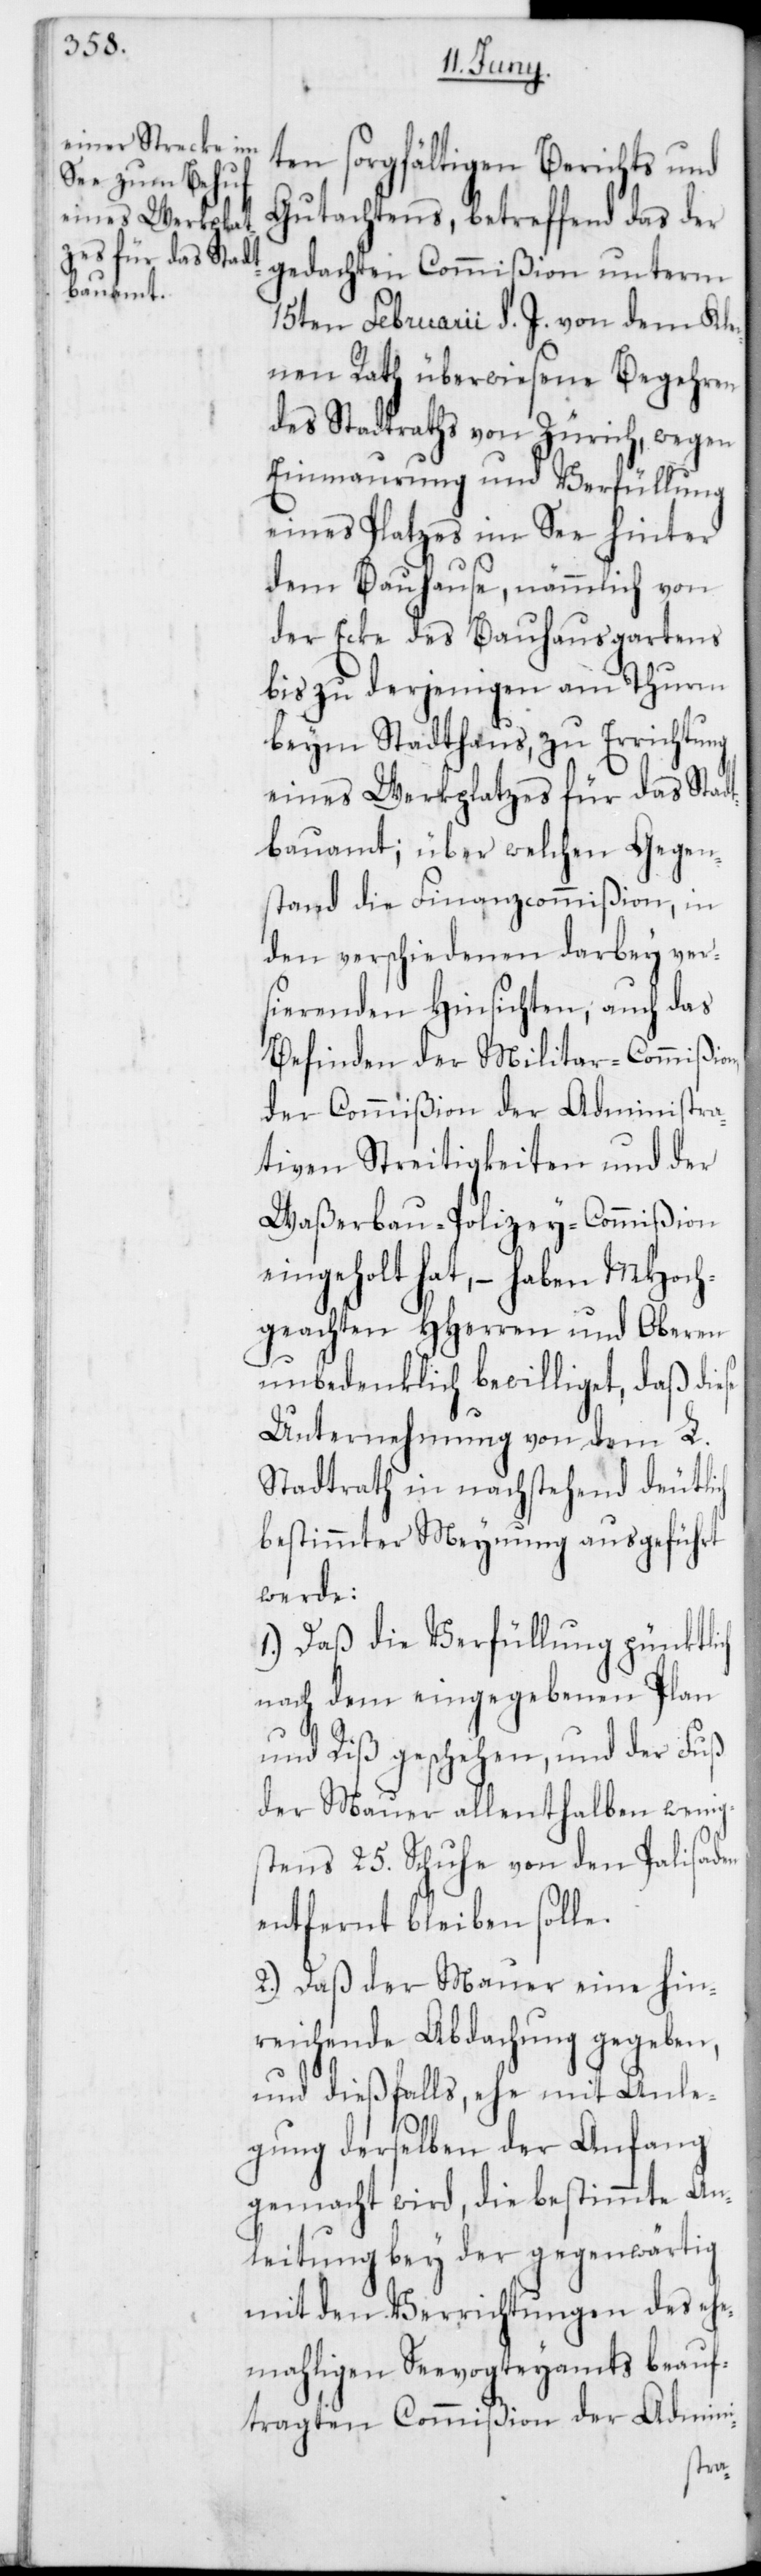
ten sorgfältigen Berichts und
Gutachtens, betreffend das der
gedachten Commißion unterm
15ten Februar d. J. von dem Kle¬
inen Rath überwiesene Begehren
des Stadtraths von Zürich, wegen
Einmaurung und Verfüllung
eines Platzes im See hinter
dem Bauhause, nämmlich von
der Ecke des Bauhausgartens
bis zu derjenigen am Thurm
beym Stadthaus, zu Errichtung
eines Werkplatzes für das Stad¬
tbauamt; über welchen Gegen¬
stand die Finanzcommißion, in
den verschiedenen darbey ver¬
sierenden Hinsichten, auch das
Befinden der Militar-Commißion,
der Commißion der Administra¬
tiven Streitigkeiten und der
Waßerbau-Polizey-Commißion
eingeholt hat, – haben MHoch¬
geachten HHerren und Oberen
unbedenklich bewilliget, daß diese
Unternehmung von dem L.
Stadtrath in nachstehend deutlich
bestimmter Meynung ausgeführt
werde:
1.) Daß die Verfüllung pünktlich
nach dem eingegebenen Plan
und Riß geschehen, und der Fuß
der Mauer allenthalben wenig¬
stens 25. Schuhe von den Palisaden
entfernt bleiben solle.
2.) Daß der Mauer eine hin¬
reichende Abdachung gegeben,
und dießfalls, ehe mit Anle¬
gung derselben der Anfang
gemacht wird, die bestimmte An¬
leitung bey der gegenwärtig
mit den Verrichtungen des ehe¬
mahligen Seevogteyamts beauf¬
tragten Commißion der Admini-